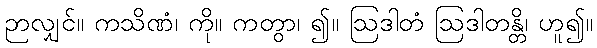
ဉာလျှင်။ ကသိဏံ၊ ကို။ ကတွာ၊ ၍။ ဩဒါတံ ဩဒါတန္တိ၊ ဟူ၍။